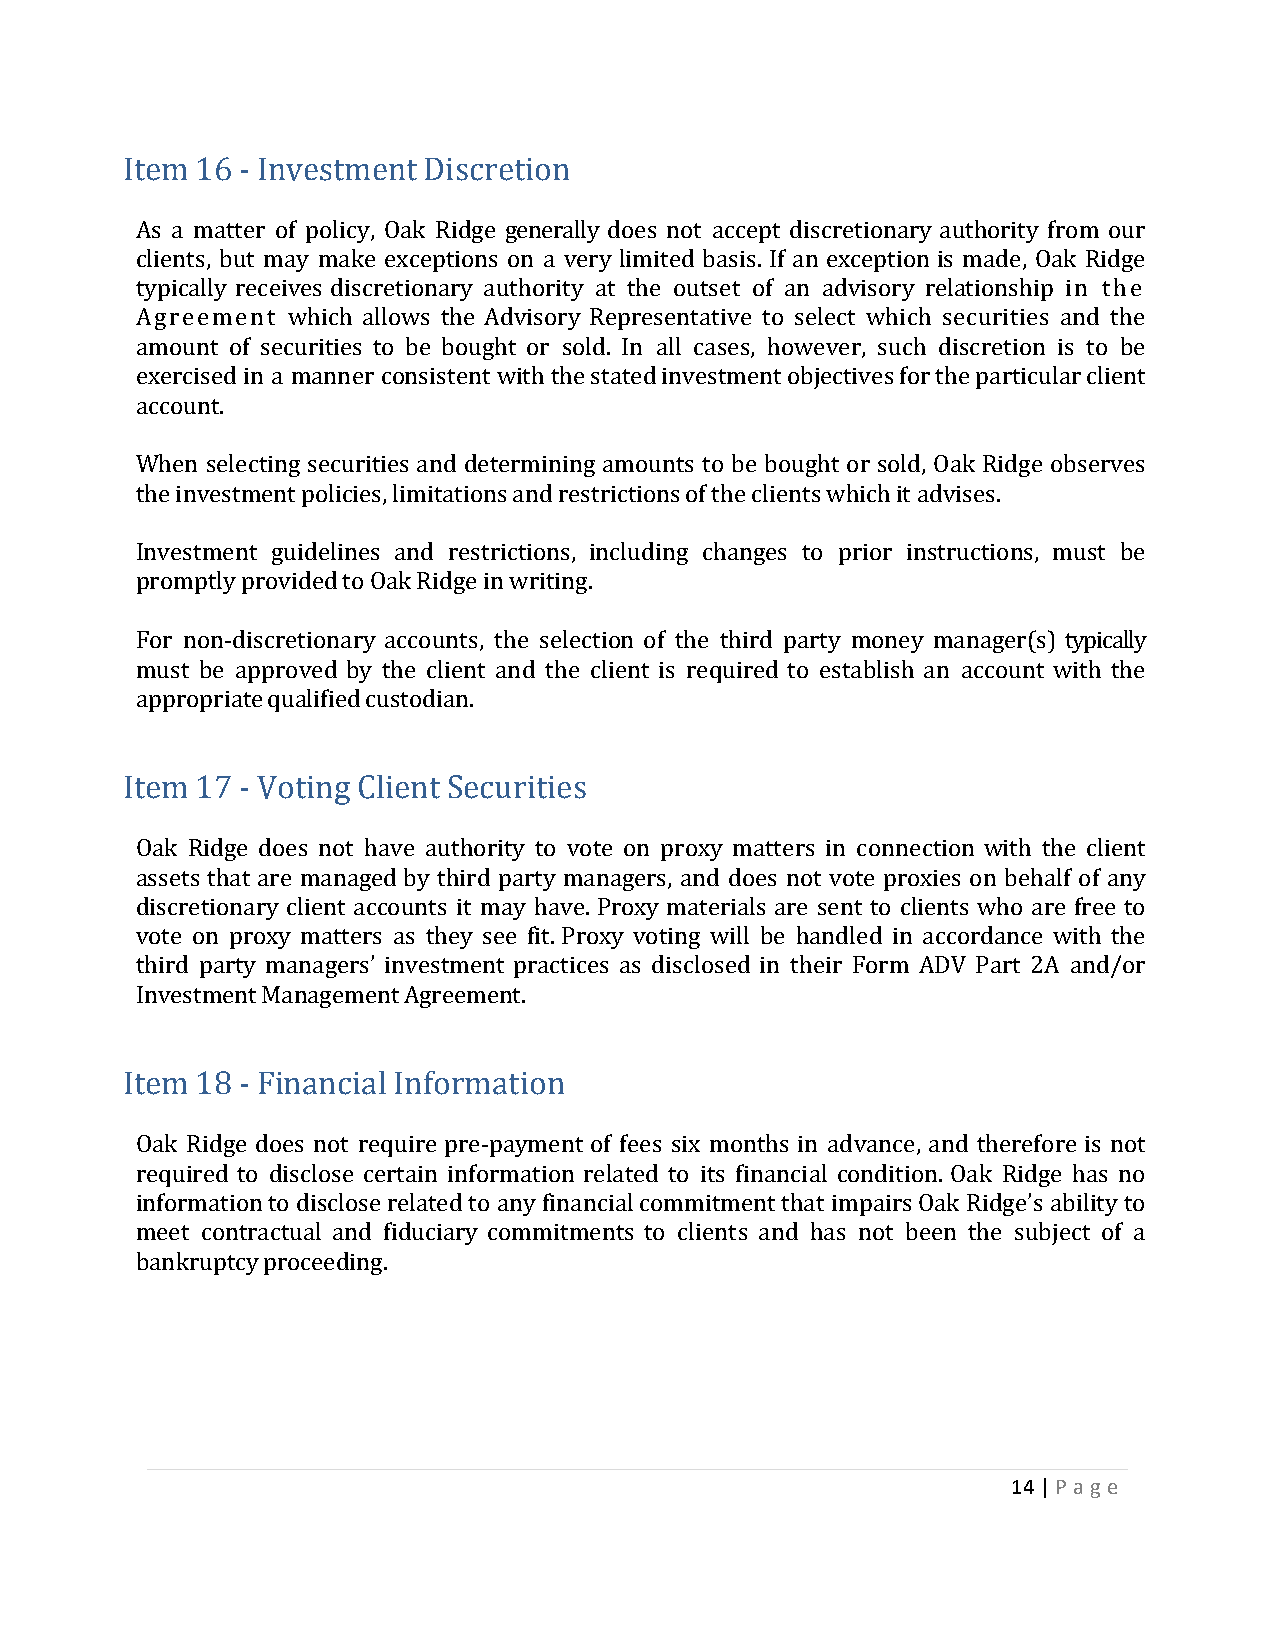
Item 16 - Investment Discretion
 As a matter of policy, Oak Ridge generally does not accept discretionary authority from our
 clients, but may make exceptions on a very limited basis. If an exception is made, Oak Ridge
 typically receives discretionary authority at the outset of an advisory relationship in the
 Agreement which allows the Advisory Representative to select which securities and the
 amount of securities to be bought or sold. In all cases, however, such discretion is to be
 exercised in a manner consistent with the stated investment objectives for the particular client
 account.
 When selecting securities and determining amounts to be bought or sold, Oak Ridge observes
 the investment policies, limitations and restrictions of the clients which it advises.
 Investment guidelines and restrictions, including changes to prior instructions, must be
 promptly provided to Oak Ridge in writing.
 For non‐discretionary accounts, the selection of the third party money manager(s) typically
 must be approved by the client and the client is required to establish an account with the
 appropriate qualified custodian.
 Item 17 - Voting Client Securities
 Oak Ridge does not have authority to vote on proxy matters in connection with the client
 assets that are managed by third party managers, and does not vote proxies on behalf of any
 discretionary client accounts it may have. Proxy materials are sent to clients who are free to
 vote on proxy matters as they see fit. Proxy voting will be handled in accordance with the
 third party managers’ investment practices as disclosed in their Form ADV Part 2A and/or
 Investment Management Agreement.
 Item 18 - Financial Information
 Oak Ridge does not require pre‐payment of fees six months in advance, and therefore is not
 required to disclose certain information related to its financial condition. Oak Ridge has no
 information to disclose related to any financial commitment that impairs Oak Ridge’s ability to
 meet contractual and fiduciary commitments to clients and has not been the subject of a
 bankruptcy proceeding.
 14 | P a g e